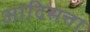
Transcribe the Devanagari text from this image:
आदिसत्ता